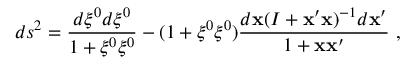
d s ^ { 2 } = \frac { d \xi ^ { 0 } d \xi ^ { 0 } } { 1 + \xi ^ { 0 } \xi ^ { 0 } } - ( 1 + \xi ^ { 0 } \xi ^ { 0 } ) \frac { d { \bf x } ( I + { \bf x } ^ { \prime } { \bf x } ) ^ { - 1 } d { \bf x } ^ { \prime } } { 1 + { \bf x } { \bf x } ^ { \prime } } ~ ,